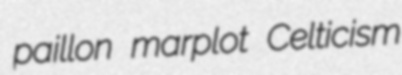
paillon marplot Celticism